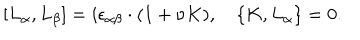
LaTeX: [ L _ { \alpha } , L _ { \beta } ] = i \epsilon _ { \alpha \beta } \cdot ( 1 + \nu K ) , \quad \{ K , L _ { \alpha } \} = 0 .